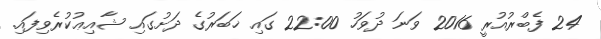
24 ފެބްރުއުރީ 2016 ވަނަ ދުވަހު 22:00 ގައި ޚަބަރުގެ ދަށުގައި ޝާއިޢުކުރެވިފައި.